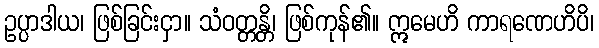
ဥပ္ပာဒါယ၊ ဖြစ်ခြင်းငှာ။ သံဝတ္တန္တိ၊ ဖြစ်ကုန်၏။ ဣမေဟိ ကာရဏေဟိပိ၊